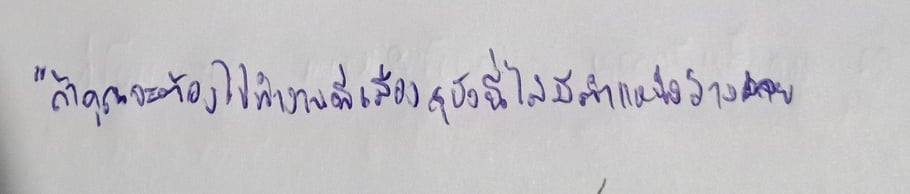
"ถ้าคุณจะต้องไปทำงานที่เมืองสุบังนี่ไม่มีตำแหน่งว่างเลย